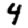
Digit: 4